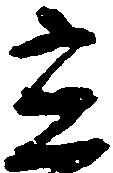
光